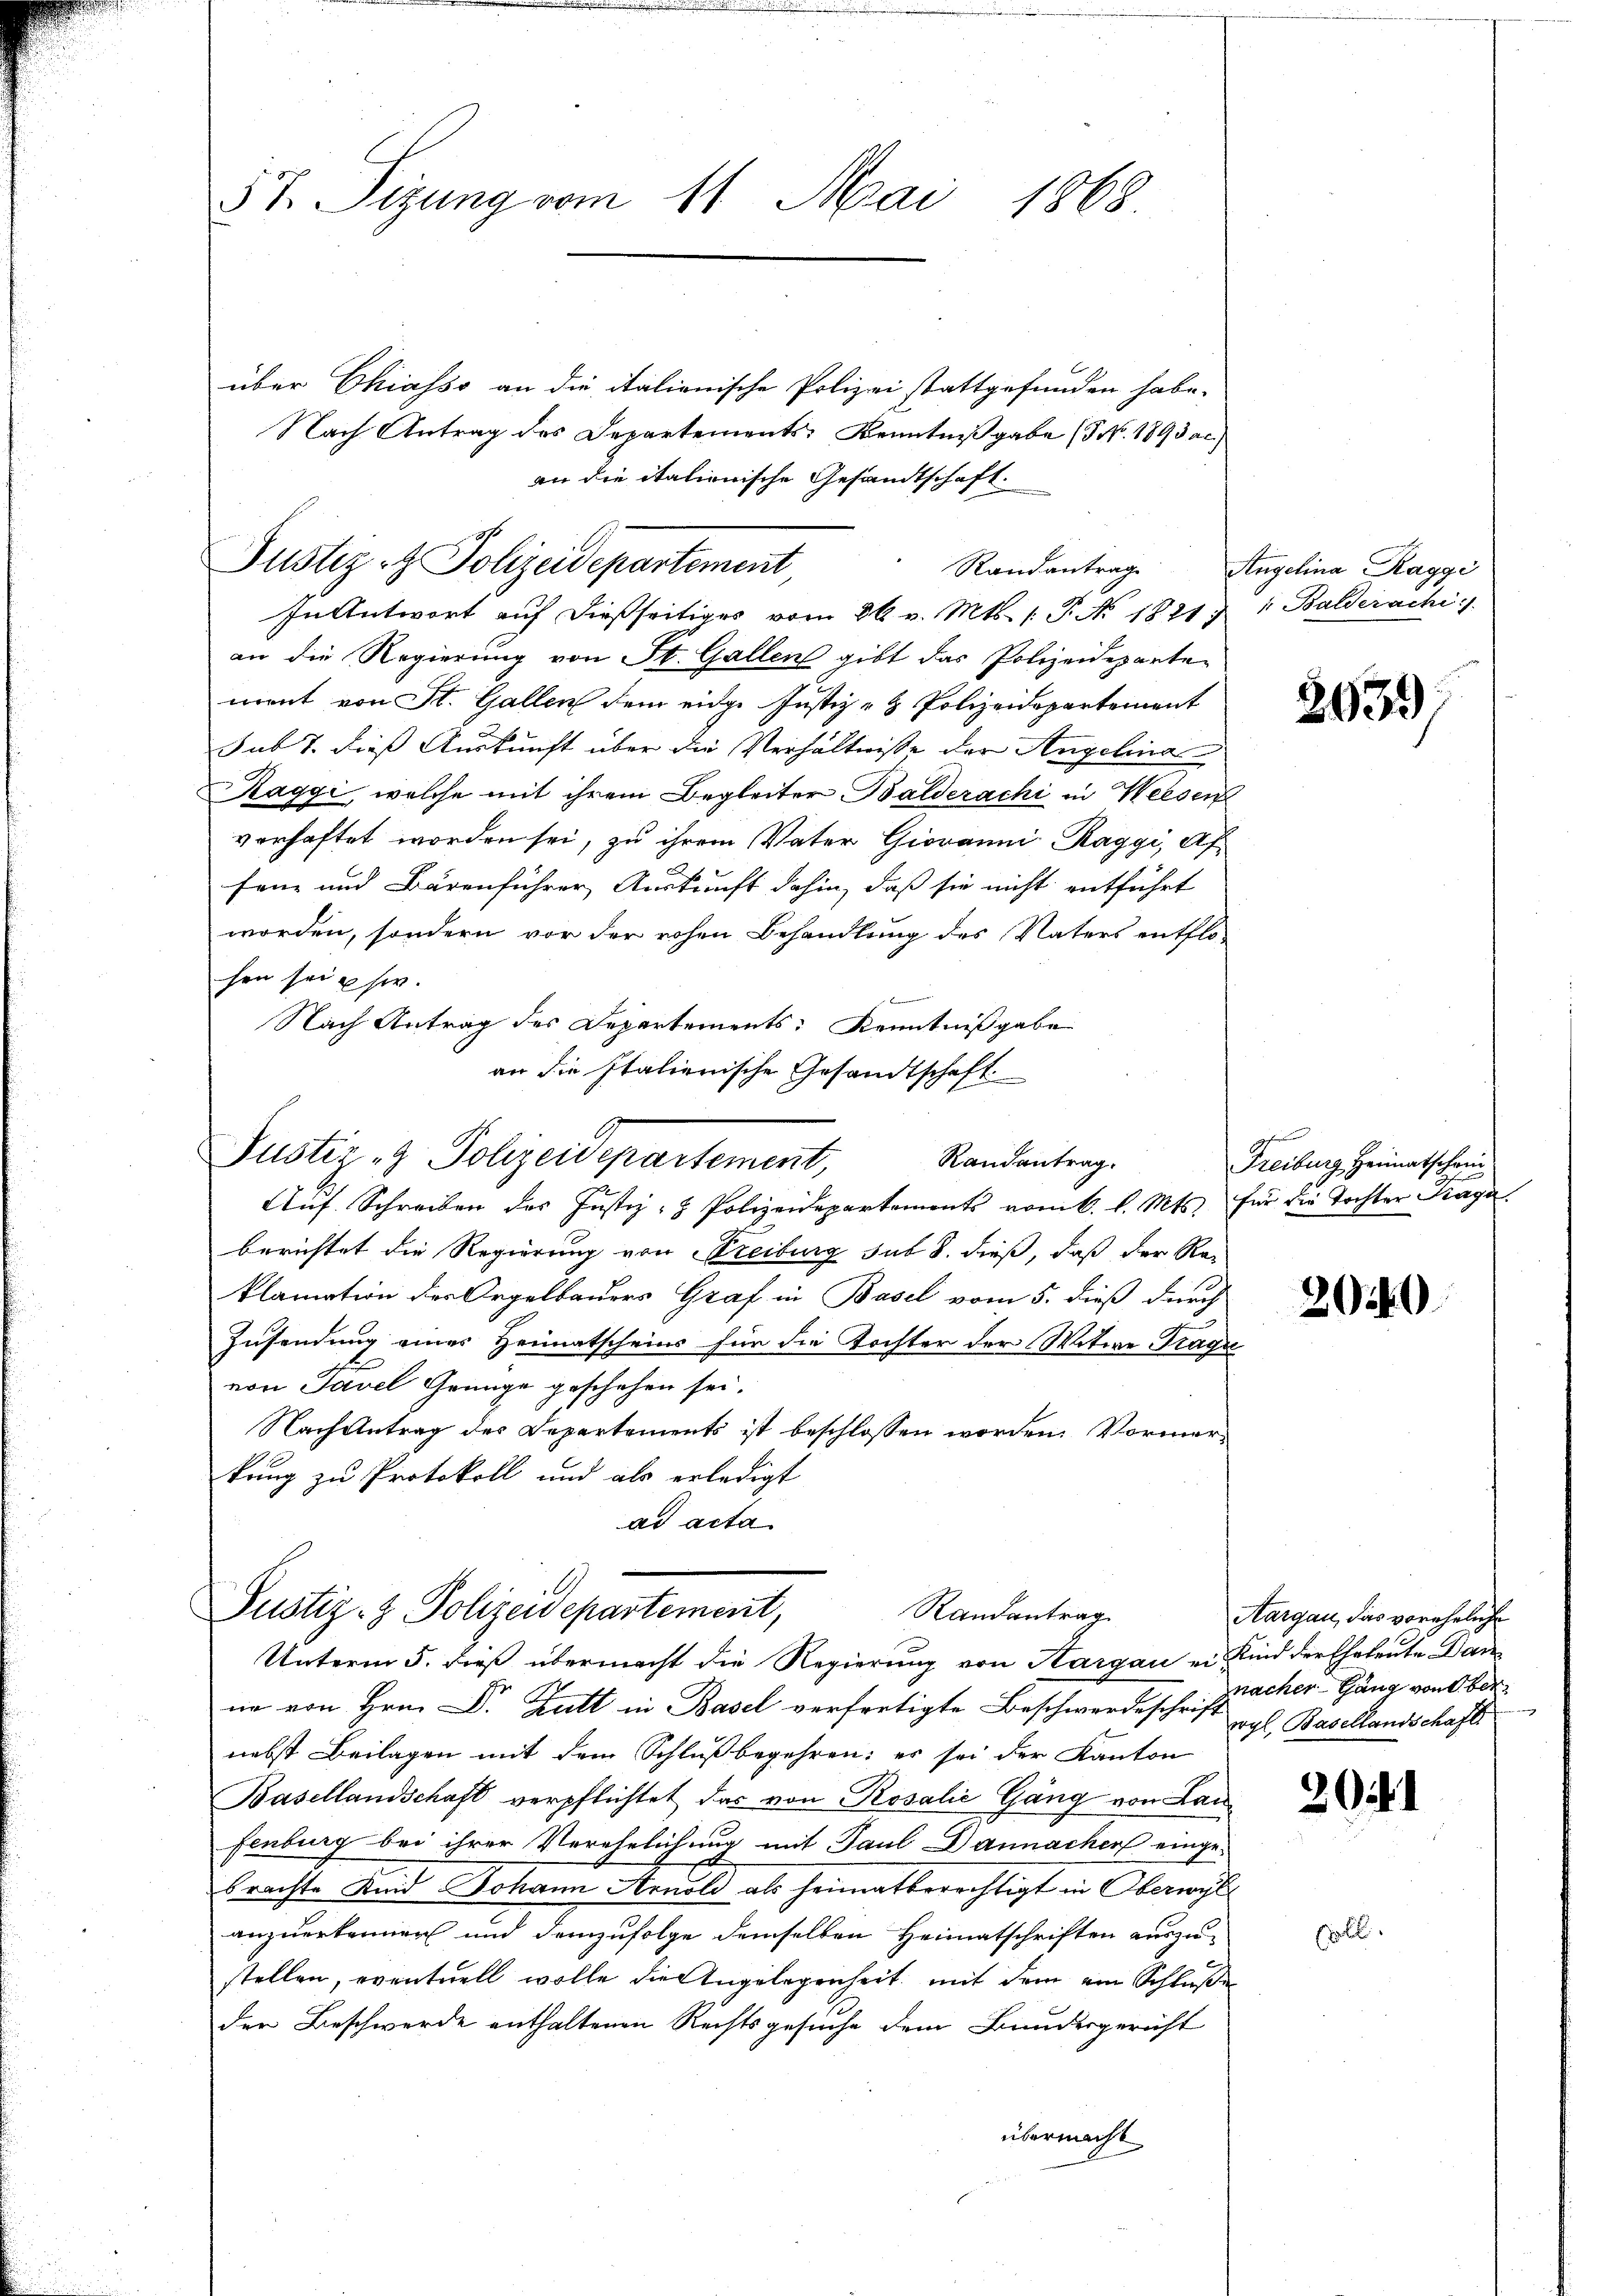
57. Sizung vom 11. Mai 1868.

In Antwort auf dießseitiges vom 26. v. Mts. 1. P. No. 1821 n 1. Balderachi
an die Regierung von St. Gallen gibt das Polizeideparten
ment von St. Gallen dem eidge Justiz- & Polizeidepartement
sub 7. dieß Auskunft über die Verhältnisse der Angelina
Raggi, welche mit ihrem Begleiter Balderachi in Weesen
vorhaftet worden sei, zu ihrem Vater Giovanni, Raggi, Af
fene und Bärenführer Auskunft dahin, daß sie nicht entführt
worden, sondern vor der rohen Behandlung des Vaters entflo-
hen sei u si
Nach Antrag des Departements: Kenntnißgabe
an die Italienische Gesandtschaft
Justiz & Polizeidepartement,
Randantrag.
Auf Schreiben des Justiz- & Polizeidepartements vom 6. l. Mts. für die Tochter Krage
berichtet die Regierung von Treiburg sub 8. dieß, daß der Reklamation der Orgelbauers Graf in Basel vom 5. dieß durch
Zusendung eines Heimatscheins für die Tochter der Witwe Tragu
von Tavel Grünge geschehen sei.
Nach Antrag des Departements ist beschlossen worden. Vormerkung zu Protokoll und als erledigt
ad acta

über Chiasso an die italienische Polizei stattgefunden habe.
Nach Antrag des Departements Kenntnißgabe (§ No. 1893 ac.)
an die italienische Gesandtschaft.
Justiz- & Polizeidepartement

Justiz- & Polizeidepartement,
Randantrag
Unterm 5. dieß übermacht die Regierung von Kargau ein Kind der Eheleute. Dan

ne von Hrn. Dr. Butt in Basel verfretigte Beschwerdeschrift vgl. Basellandschafts
nebst Beilagen mit dem Schluß begehren: es sei der Kanton
Basellandschaft verpflichtet das von Rosalić Gäng von Lanfenburg bei ihrer Verehelichung mit Paul Dannacher eingebrachte Kind Johann Arnold als heimatberechtigt in Oberwyl
anzuerkennen und demzufolge demselben Heimatschriften auszu-
stellen, eventuell wolle die Angelegenheit, mit dem ein Schluße
der Beschwerde enthaltenen Rechtsgesuche dem Bundesgericht
übermacht

Randantrage Angelina Raggi

2639)

Freiburg Heimatschein

2040

Aargau, das voreheliche
nacher Gang von ber

2

.